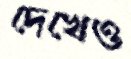
দেখেও